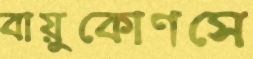
বায়ুকোণসে